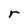
Character: r